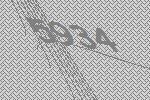
5934